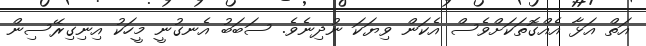
އަތް އަޅާ އެއްގޮތަކަށްވެސް އެކަން ވިޔަކަ ނުދިނެވެ. ސަބަބު އެނގުނީ މީހަކު އިނިގިރޭސިން